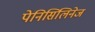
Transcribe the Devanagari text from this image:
पेनिसिलिनेज